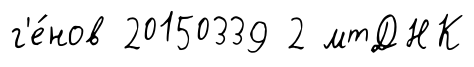
г'е́нов 20150339 2 мтДНК